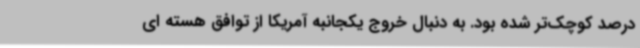
درصد کوچک‌تر شده بود. به دنبال خروج یکجانبه آمریکا از توافق هسته ای